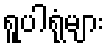
ရူပါရုံများ